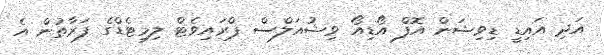
އަދި އައިޑީ ޑިވިޝަން އޮފް އޯޑިއޯ ވިޝުއަލްސް ޕްރައިވެޓް ލިމިޓެޑްގެ ފަރާތުން އެ